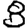
Digit: 8